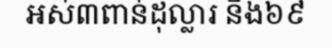
អស់៣ពាន់ដុល្លារ និង៦៩